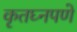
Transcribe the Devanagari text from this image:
कृतघ्नपणे